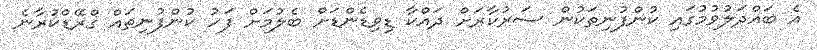
އެ ބައްދަލުވުމުގައި ކުންފުނިތަކުން ސަރުކާރަށް ދައްކާ ޑިވިޑެންޑަށް ބެލުމަށް ފަހު ކުންފުނިތައް ގްރޭޑްކުރާނެ